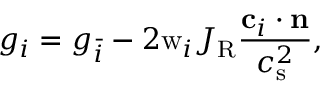
g _ { i } = g _ { \bar { i } } - 2 \mathrm { w } _ { i } J _ { \mathrm { R } } \frac { \mathbf { c } _ { i } \cdot \mathbf { n } } { c _ { \mathrm { s } } ^ { 2 } } ,